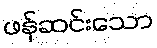
ဖန်ဆင်းသော